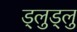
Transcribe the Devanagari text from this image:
ड्लुड्लु